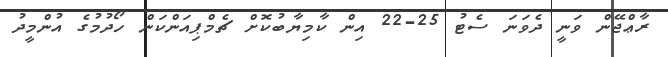
ރާޢްޖޭން ވަނީ ދެވަނަ ސެޓު 25-22 އިން ކާމިޔާބުކޮށް ޗެމްޕިއަންކަން ހޯދުމުގެ އުންމީދު